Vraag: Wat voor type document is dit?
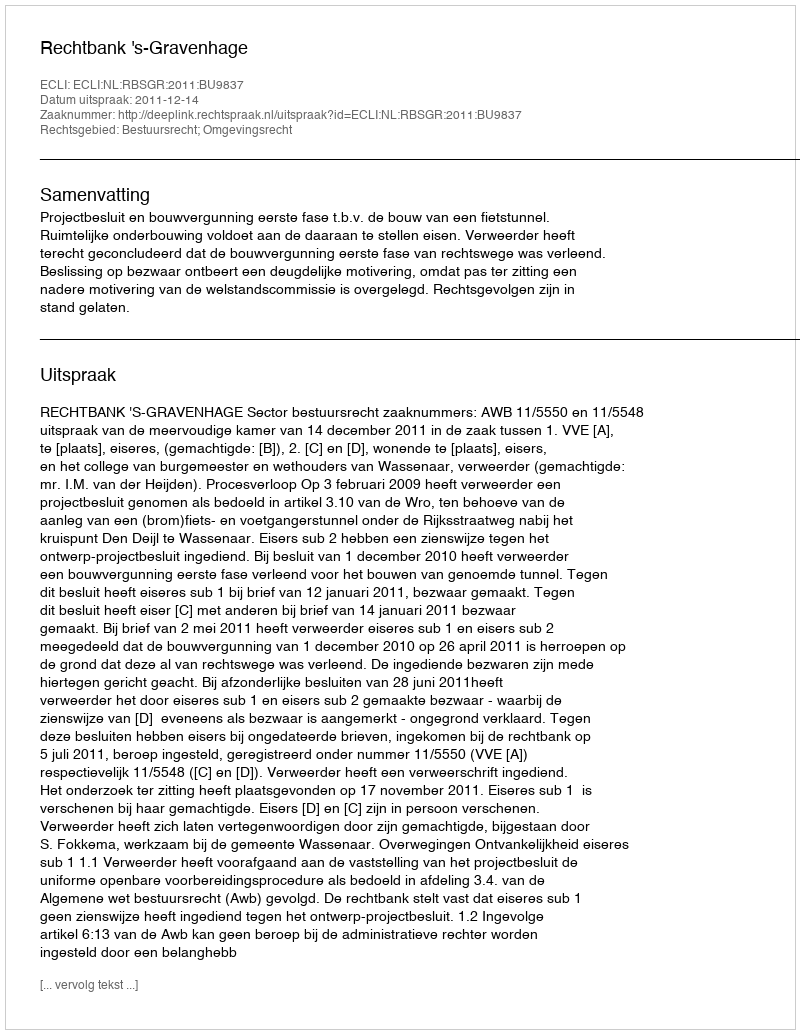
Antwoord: Uitspraak